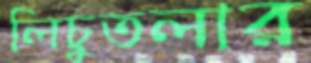
লিচুতলার